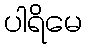
ပါရိမေ